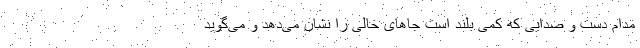
مدام دست و صدایی که کمی بلند است جاهای خالی را نشان می‌دهد و می‌گوید